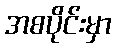
အစပိုင်းမှာ